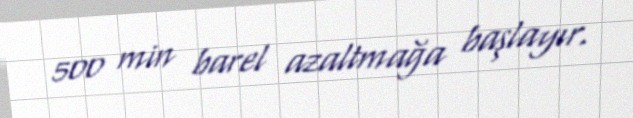
500 min barel azaltmağa başlayır.